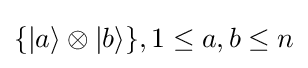
\{|a\rangle \otimes |b\rangle \},1\leq a,b\leq n